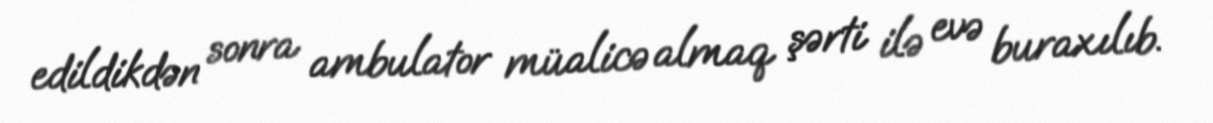
edildikdən sonra ambulator müalicə almaq şərti ilə evə buraxılıb.